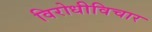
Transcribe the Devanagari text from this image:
विरोधीविचार